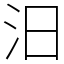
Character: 汨